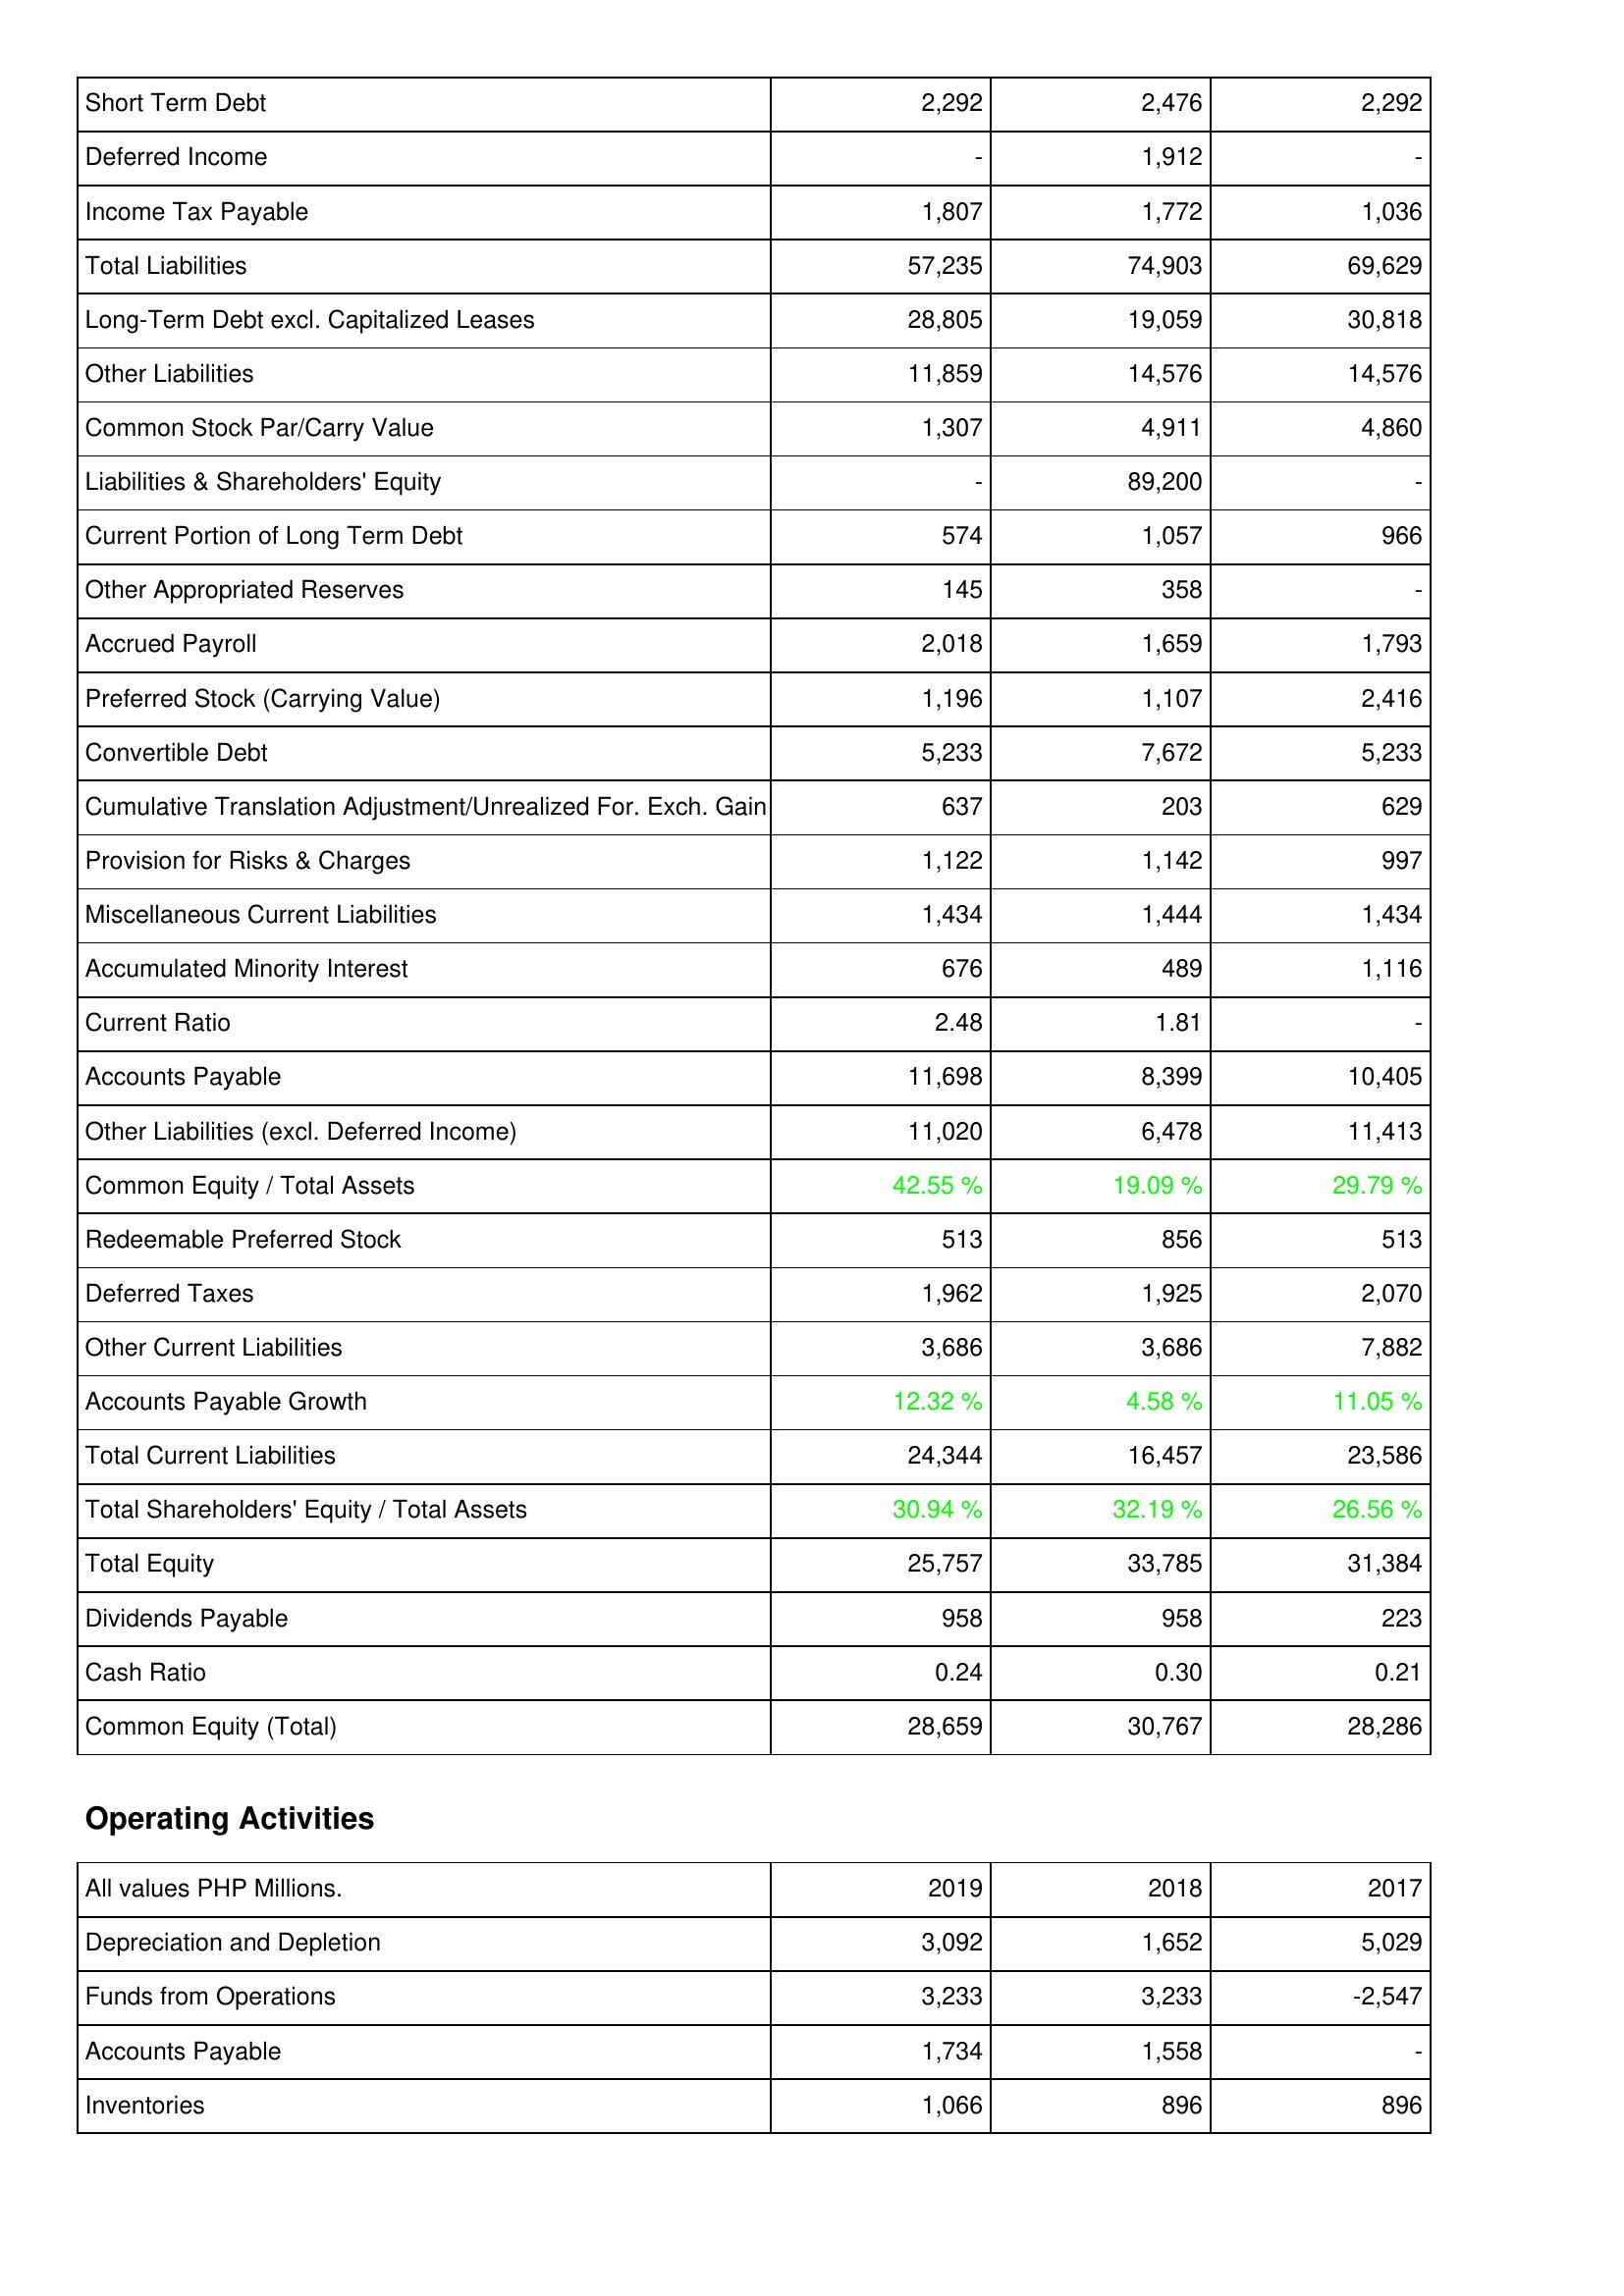
2019: Liabilities & Shareholders' Equity: Short Term Debt: 2,292
Deferred Income: -
Income Tax Payable: 1,807
Total Liabilities: 57,235
Long-Term Debt excl. Capitalized Leases: 28,805
Other Liabilities: 11,859
Common Stock Par/Carry Value: 1,307
Liabilities & Shareholders' Equity: -
Current Portion of Long Term Debt: 574
Other Appropriated Reserves: 145
Accrued Payroll: 2,018
Preferred Stock (Carrying Value): 1,196
Convertible Debt: 5,233
Cumulative Translation Adjustment/Unrealized For. Exch. Gain: 637
Provision for Risks & Charges: 1,122
Miscellaneous Current Liabilities: 1,434
Accumulated Minority Interest: 676
Current Ratio: 2.48
Accounts Payable: 11,698
Other Liabilities (excl. Deferred Income): 11,020
Common Equity / Total Assets: 42.55 %
Redeemable Preferred Stock: 513
Deferred Taxes: 1,962
Other Current Liabilities: 3,686
Accounts Payable Growth: 12.32 %
Total Current Liabilities: 24,344
Total Shareholders' Equity / Total Assets: 30.94 %
Total Equity: 25,757
Dividends Payable: 958
Cash Ratio: 0.24
Common Equity (Total): 28,659
Operating Activities: Depreciation and Depletion: 3,092
Funds from Operations: 3,233
Accounts Payable: 1,734
Inventories: 1,066
2018: Liabilities & Shareholders' Equity: Short Term Debt: 2,476
Deferred Income: 1,912
Income Tax Payable: 1,772
Total Liabilities: 74,903
Long-Term Debt excl. Capitalized Leases: 19,059
Other Liabilities: 14,576
Common Stock Par/Carry Value: 4,911
Liabilities & Shareholders' Equity: 89,200
Current Portion of Long Term Debt: 1,057
Other Appropriated Reserves: 358
Accrued Payroll: 1,659
Preferred Stock (Carrying Value): 1,107
Convertible Debt: 7,672
Cumulative Translation Adjustment/Unrealized For. Exch. Gain: 203
Provision for Risks & Charges: 1,142
Miscellaneous Current Liabilities: 1,444
Accumulated Minority Interest: 489
Current Ratio: 1.81
Accounts Payable: 8,399
Other Liabilities (excl. Deferred Income): 6,478
Common Equity / Total Assets: 19.09 %
Redeemable Preferred Stock: 856
Deferred Taxes: 1,925
Other Current Liabilities: 3,686
Accounts Payable Growth: 4.58 %
Total Current Liabilities: 16,457
Total Shareholders' Equity / Total Assets: 32.19 %
Total Equity: 33,785
Dividends Payable: 958
Cash Ratio: 0.30
Common Equity (Total): 30,767
Operating Activities: Depreciation and Depletion: 1,652
Funds from Operations: 3,233
Accounts Payable: 1,558
Inventories: 896
2017: Liabilities & Shareholders' Equity: Short Term Debt: 2,292
Deferred Income: -
Income Tax Payable: 1,036
Total Liabilities: 69,629
Long-Term Debt excl. Capitalized Leases: 30,818
Other Liabilities: 14,576
Common Stock Par/Carry Value: 4,860
Liabilities & Shareholders' Equity: -
Current Portion of Long Term Debt: 966
Other Appropriated Reserves: -
Accrued Payroll: 1,793
Preferred Stock (Carrying Value): 2,416
Convertible Debt: 5,233
Cumulative Translation Adjustment/Unrealized For. Exch. Gain: 629
Provision for Risks & Charges: 997
Miscellaneous Current Liabilities: 1,434
Accumulated Minority Interest: 1,116
Current Ratio: -
Accounts Payable: 10,405
Other Liabilities (excl. Deferred Income): 11,413
Common Equity / Total Assets: 29.79 %
Redeemable Preferred Stock: 513
Deferred Taxes: 2,070
Other Current Liabilities: 7,882
Accounts Payable Growth: 11.05 %
Total Current Liabilities: 23,586
Total Shareholders' Equity / Total Assets: 26.56 %
Total Equity: 31,384
Dividends Payable: 223
Cash Ratio: 0.21
Common Equity (Total): 28,286
Operating Activities: Depreciation and Depletion: 5,029
Funds from Operations: -2,547
Accounts Payable: -
Inventories: 896